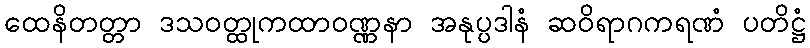
ထေနိတတ္တာ ဒသဝတ္ထုကထာဝဏ္ဏနာ အနုပ္ပဒါနံ ဆဝိရာဂကရဏံ ပတိဋ္ဌံ